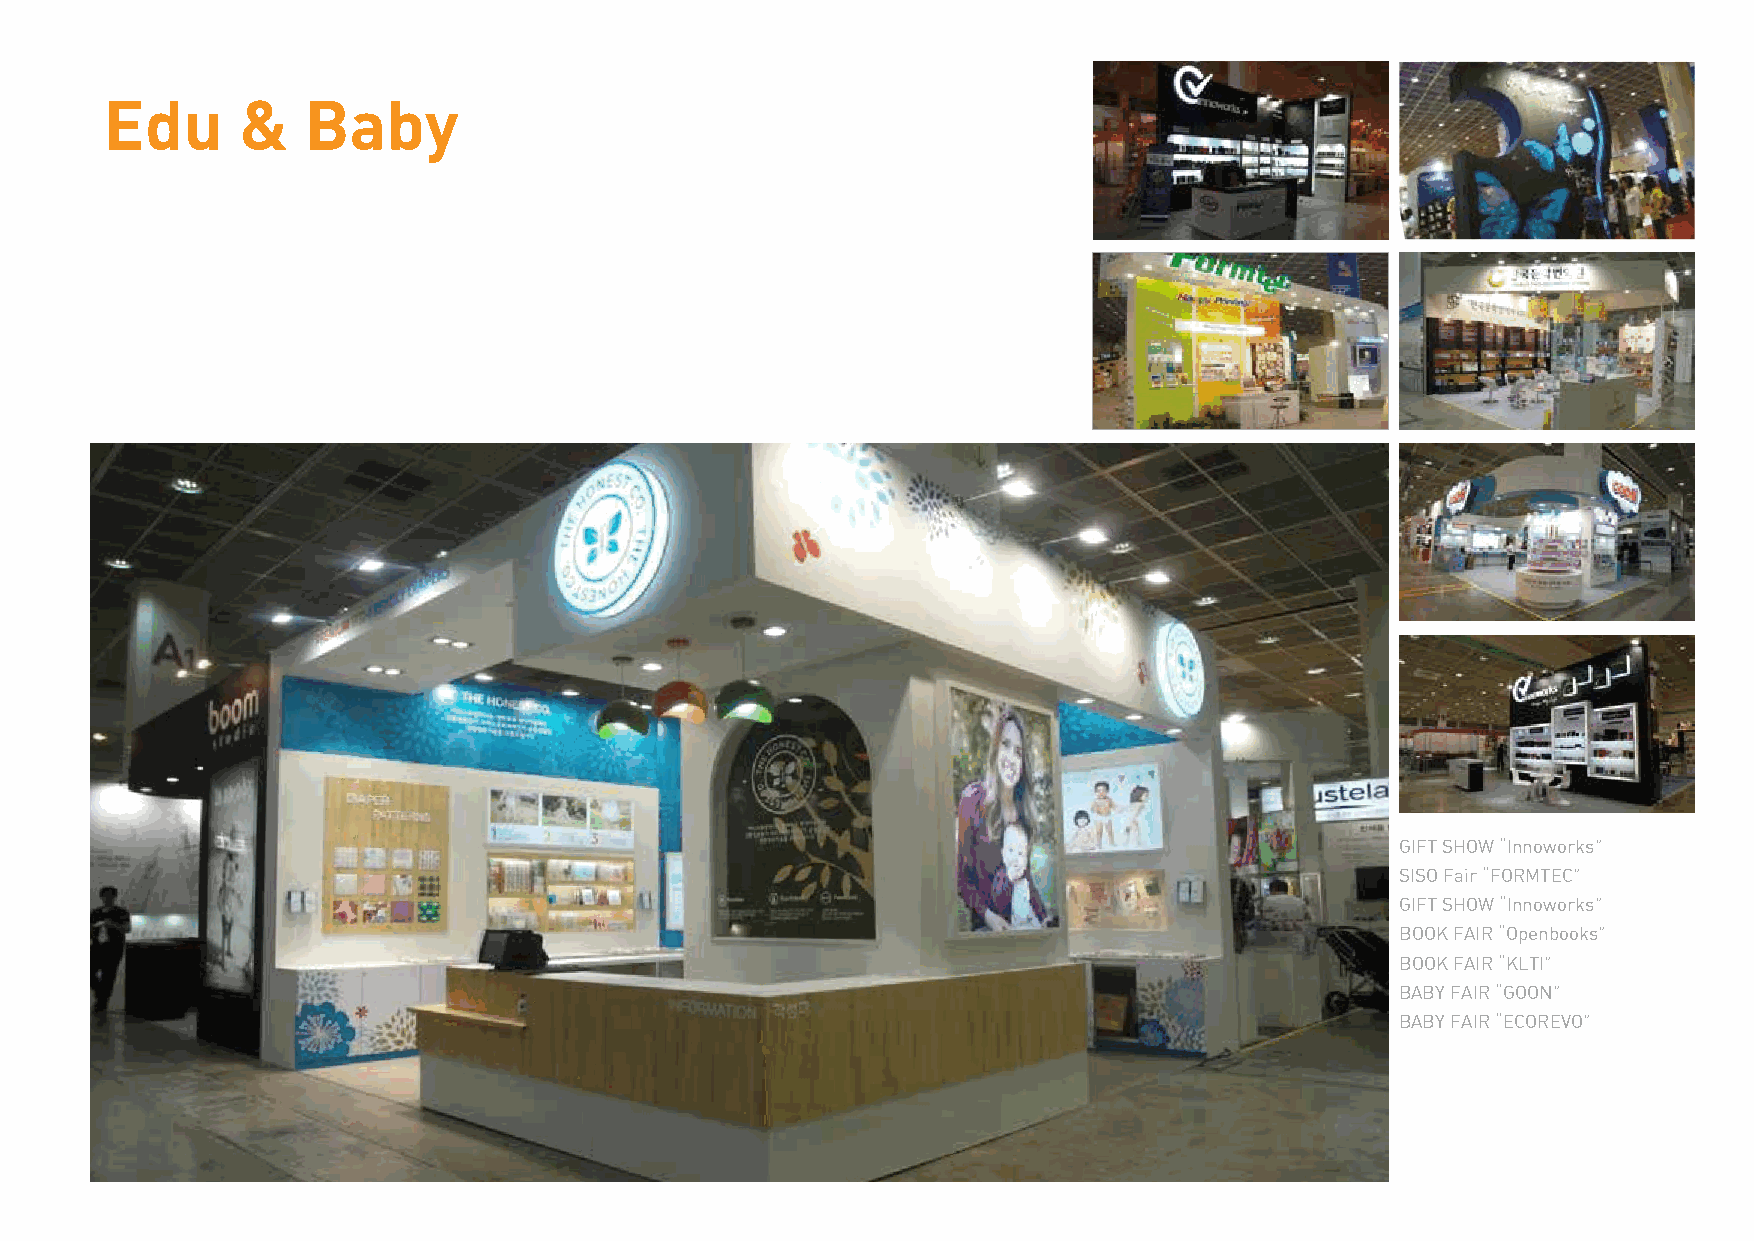
Edu      &   Baby
 GIFT SHOW “Innoworks”
 SISO Fair “FORMTEC”
 GIFT SHOW “Innoworks”
 BOOK FAIR “Openbooks”
 BOOK FAIR “KLTI”
 BABY FAIR “GOON”
 BABY FAIR “ECOREVO”